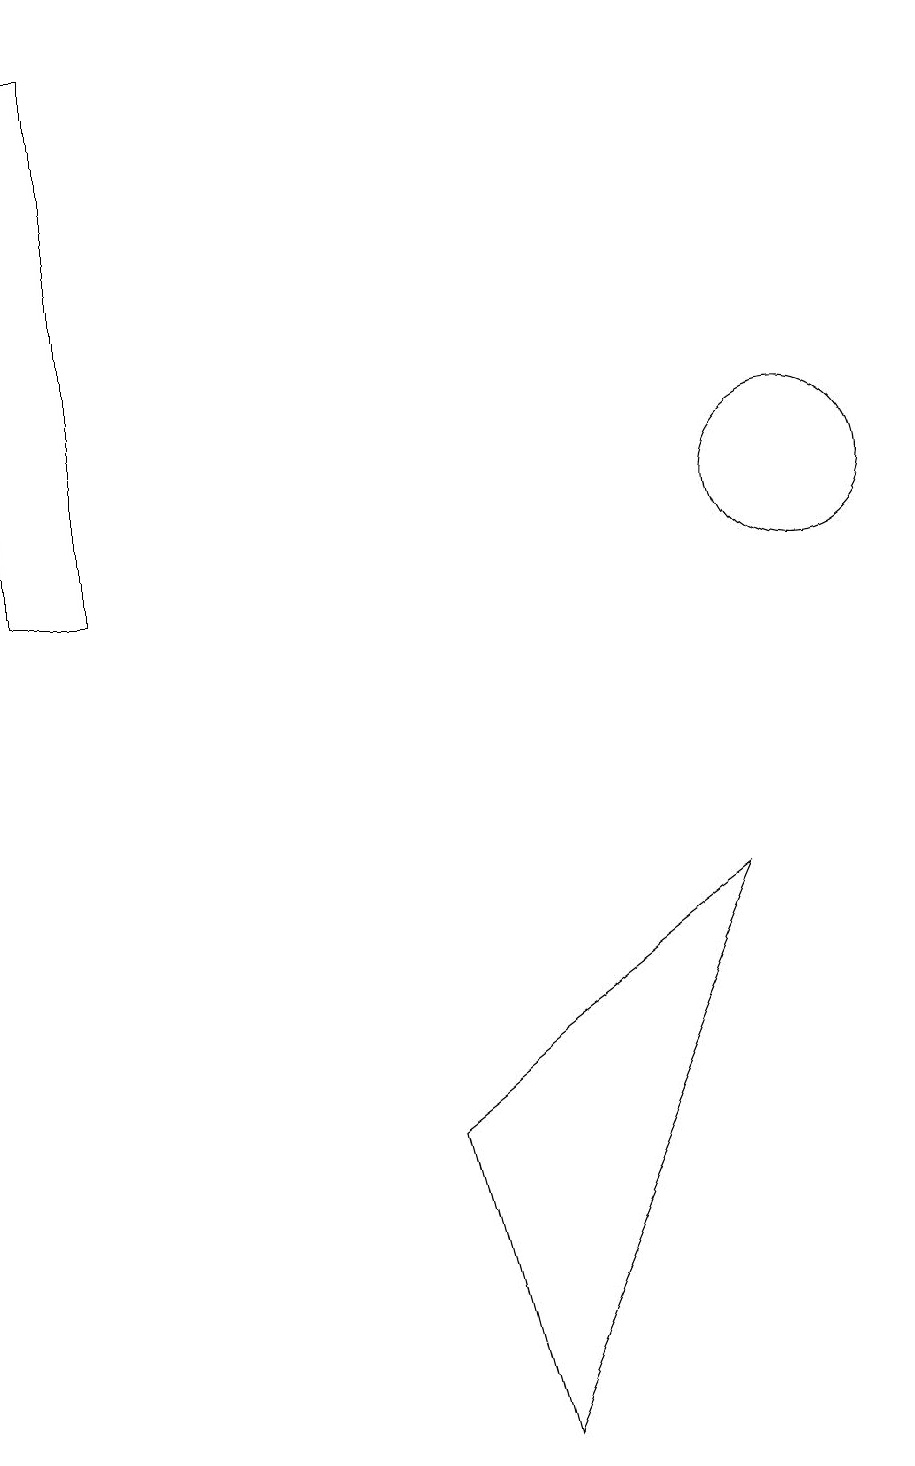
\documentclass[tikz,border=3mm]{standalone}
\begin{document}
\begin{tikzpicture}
\draw (10,12) circle (1);
\draw (6,0) -- (5,4) -- (9,7) -- cycle;
\draw (1,11) rectangle (0,18);
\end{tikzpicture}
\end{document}